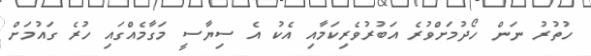
ހުތުރު ނަން ހޯދުމަށްވުރެ އަބުރުވެރިކަމާއި އެކު އެ ސިޔާސީ މަގާމެއްގައި ހުރެ ގައުމަށް